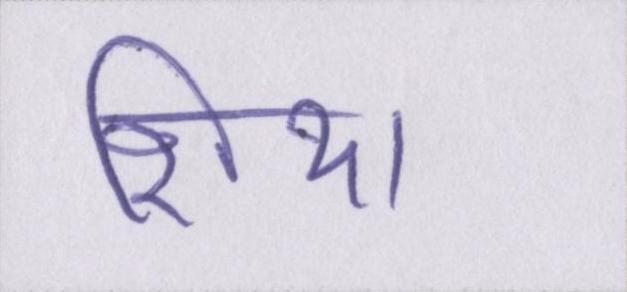
शिया